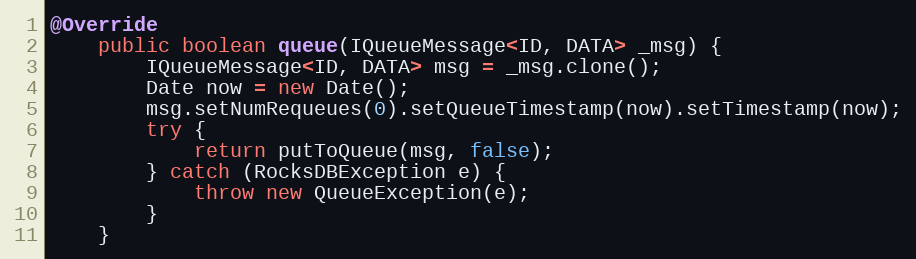
Language: Java
@Override
    public boolean queue(IQueueMessage<ID, DATA> _msg) {
        IQueueMessage<ID, DATA> msg = _msg.clone();
        Date now = new Date();
        msg.setNumRequeues(0).setQueueTimestamp(now).setTimestamp(now);
        try {
            return putToQueue(msg, false);
        } catch (RocksDBException e) {
            throw new QueueException(e);
        }
    }